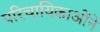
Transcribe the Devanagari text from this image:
परिचायिकाओंने